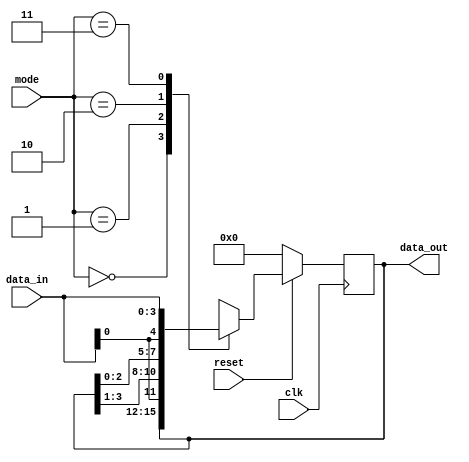
	module universal_shift_register(clk,reset,data_in,data_out,mode);
	  
	  input clk, reset;
	  input [3:0] data_in;
	  output reg [3:0] data_out;
	  input [1:0] mode;
	  
	  always @(posedge clk)
	  begin
		 if(!reset)
			data_out <= 0;
		 else
			begin
			  case(mode)
				 2'b00 : data_out <= data_out;      // do nothing
				 2'b01 : data_out <= {data_in[0], data_out[3:1]};// shift right
				 2'b10 : data_out <= {data_out[2:0], data_in[0]};// shift left
				 2'b11 : data_out <= data_in;       // parallel in parallel out
			  endcase
			end
	  end
	  
	endmodule